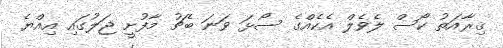
ޤިރާއަތު ކޯސް ލެވެލް އެކެއްގެ ސޯޅަ ވަނަ ބެޗު މާފުށީ ޖަލުގައި އިއްޔެ